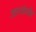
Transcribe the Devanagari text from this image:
उत्तरार्धापर्यंत